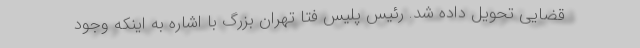
قضایی تحویل داده شد. رئیس پلیس فتا تهران بزرگ با اشاره به اینکه وجود